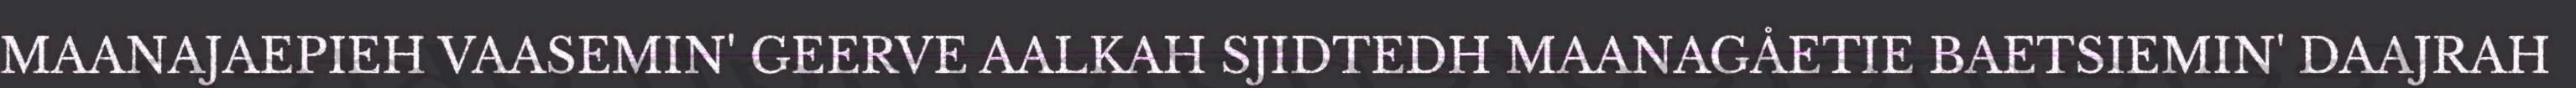
MAANAJAEPIEH VAASEMIN' GEERVE AALKAH SJIDTEDH MAANAGÅETIE BAETSIEMIN' DAAJRAH